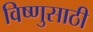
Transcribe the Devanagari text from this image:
विष्णुसाठी